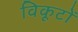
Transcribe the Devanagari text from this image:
विकूटों